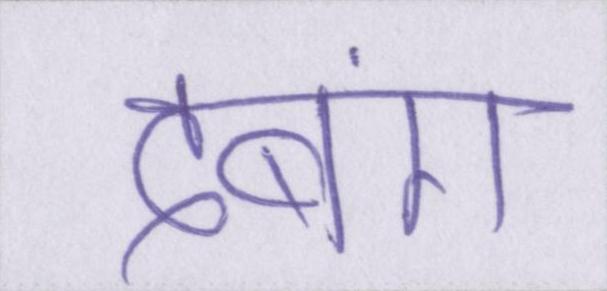
दबंग